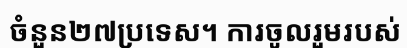
ចំនួន២៧ប្រទេស។ ការចូលរួមរបស់